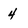
Character: 4